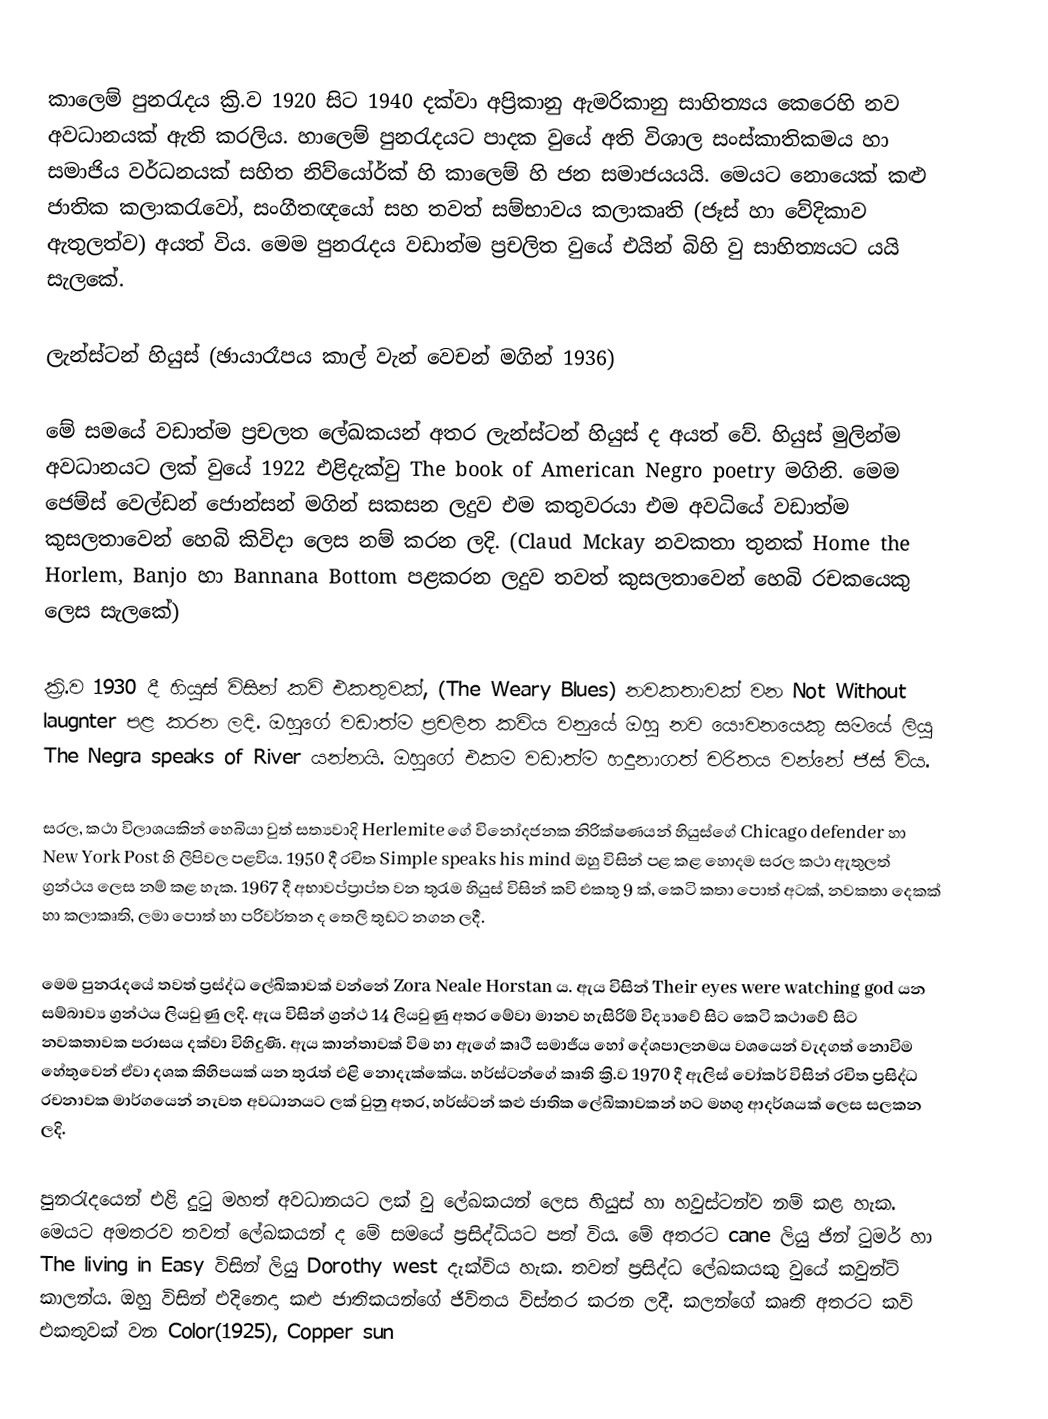
කාලෙම් පුනරැදය ක්‍රි.ව 1920 සිට 1940 දක්වා අප්‍රිකානු ඇමරිකානු සාහිත්‍යය කෙරෙහි නව අවධානයක් ඇති කරලිය. හාලෙම් පුනරැදයට පාදක වුයේ අති විශාල සංස්කාතිකමය හා සමාජිය වර්ධනයක් සහිත නිව්යෝර්ක් හි කාලෙම් හි ජන සමාජයයයි. මෙයට නොයෙක් කළු ජාතික ‍කලාකරැවෝ, සංගීතඥයෝ සහ තවත් සම්භාවය කලාකෘති (ජෑස් හා වේදිකාව ඇතුලත්ව) අයත් විය. මෙම පුනරැදය වඩාත්ම ප්‍රචලිත වුයේ එයින් බිහි වු සාහිත්‍යයට යයි සැලකේ.

ලැන්ස්ටන් හියුස් (ඡායාරෑපය කාල් වැන් ‍වෙචන් මගින් 1936)

	මේ සමයේ වඩාත්ම ප්‍රචලත ලේඛකයන් අතර ලැන්ස්ටන් හියුස් ද ‍අයත් වේ. හියුස් මුලින්ම අවධානයට ලක් වුයේ 1922 එළිදැක්වු The book of American Negro poetry මගිනි. මෙම ජෙම්ස් වෙල්ඩන් ජොන්සන් මගින් සකසන ලදුව එම කතුවරයා එම අවධියේ වඩාත්ම කුසලතාවෙන් හෙබි කිවිදා ලෙස නම් කරන ලදි.  (Claud Mckay නවකතා තුනක්  Home the Horlem, Banjo හා Bannana Bottom පළකරන ලදුව තවත් කුසලතාවෙන් හෙබි රචකයෙකු ලෙස සැලකේ)

	ක්‍රි.ව 1930 දී හියුස් විසින් කවි එකතුවක්, (The Weary Blues) නවකතාවක් වන  Not Without laugnter  පළ කරන ලදි. ඔහුගේ වඩාත්ම ප්‍රචලිත කවිය වනුයේ ඔහු නව යෞවනයෙකු සමයේ ලියු The Negra speaks of River යන්නයි. ඔහුගේ එකම වඩාත්ම හදුනාගත් චරිතය වන්නේ ජිස් විය.

	සරල, කථා විලාශයකින් හෙබියා වුත් සත්‍යවාදි Herlemite ගේ විනෝදජනක නිරික්ෂණයන් හියුස්ගේ  Chicago defender හා  New York Post  හි ලිපිවල පළවිය. 1950 දී රචිත  Simple speaks his mind ඔහු විසින් පළ කළ හොදම සරල කථා ඇතුලත් ග්‍රන්ථය ලෙස නම් කළ හැක. 1967 දී අභාවප්ප්‍රාප්ත වන තුරැම හියුස් විසින් කවි එකතු 9 ක්, කෙටි කතා පොත් අටක්, නවකතා දෙකක් හා කලාකෘති, ලමා පොත් හා පරිවර්තන ද තෙලි තුඩට නගන ලදී.

මෙම පුනරැදයේ තවත් ප්‍රස්ද්ධ ලේඛිකාවක් වන්නේ Zora Neale Horstan ය. ඇය විසින්   Their eyes were watching god යන සම්බාව්‍ය ග්‍රන්ථය ලියවුණු ලදි. ඇය විසින් ග්‍රන්ථ 14 ලියවුණු අතර මේවා මානව හැසිරිම් විද්‍යාවේ සිට කෙටි කථාවේ සිට නවකතාවක පරාසය දක්වා විහිදුණි. ඇය කාන්තාවක් විම හා ඇගේ කෘථි සමාජීය හෝ දේශපාලනමය වශයෙන් වැදගත් නොවිම හේතුවෙන් ඒවා දශක කිහිපයක් යන තුරැත් එළි නොදැක්කේය. හර්ස්ටන්ගේ කෘති ක්‍රි.ව 1970 දී ඇලිස් වෝකර් විසින් රචිත ප්‍රසිද්ධ රචනාවක මාර්ගයෙන් නැවත අවධානයට ලක් වුනු අතර, හර්ස්ටන් කළු ජාතික ලේඛිකාවකන් හට මහගු ආදර්ශයක් ලෙස සලකන ලදි.

පුනරැදයෙන් එළි දුටු මහත් අවධානයට ලක් වු ලේඛකයන් ලෙස හියුස් හා හවුස්ටන්ව නම් කළ හැක. මෙයට අමතරව තවත් ලේඛකයන් ද මේ සමයේ ප්‍රසිද්ධියට පත් විය. මේ අතරට cane  ලියු ජින් ටුමර් හා The living in Easy  විසින් ලියු Dorothy west  දැක්විය හැක. තවත් ප්‍රසිද්ධ ලේඛකයකු වුයේ කවුන්ට් කාලන්ය. ඔහු විසින් එදිනෙදා කළු ජාතිකයන්ගේ ජිවිතය විස්තර කරන  ලදී. කලන්ගේ කෘති අතරට කවි එකතුවක් වන  Color(1925), Copper sun